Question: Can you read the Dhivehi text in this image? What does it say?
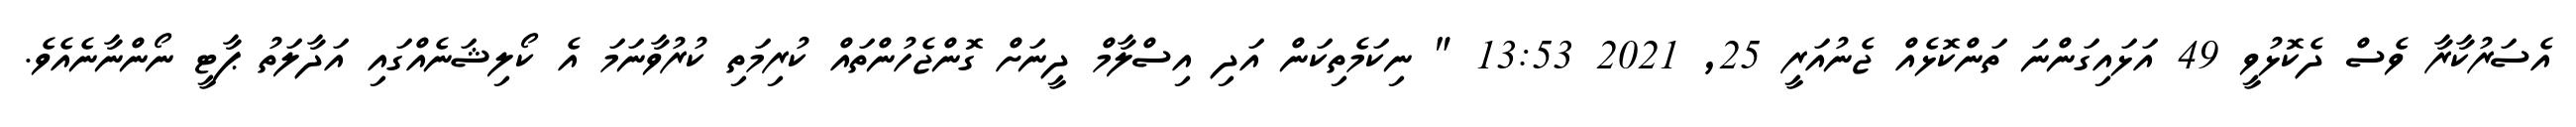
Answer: އެސަރުކާރާ ވެސް ދެކޮޅުވީ 49 އަޅައިގަންނަ ތަންކޮޅެއް ޖެނުއަރީ 25, 2021 13:53 " ނިކަމެތިކަން އަދި އިސްލާމް ދީނަށް ގޮންޖެހުންތައް ކުރިމަތި ކުރުވާނަމަ އެ ކޯލިޝަނެއްގައި އަދާލަތު ޕާޓީ ނޯންނާނެއެވެ.